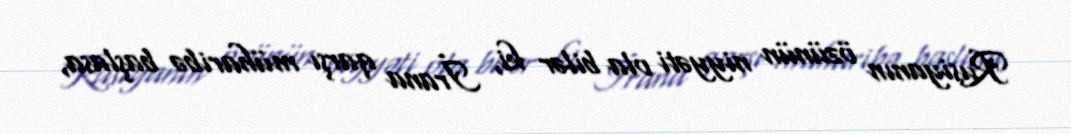
Rusiyanın özünün niyyəti ola bilər ki, İrana qarşı müharibə başlasa,